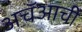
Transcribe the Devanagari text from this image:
अचॅआची